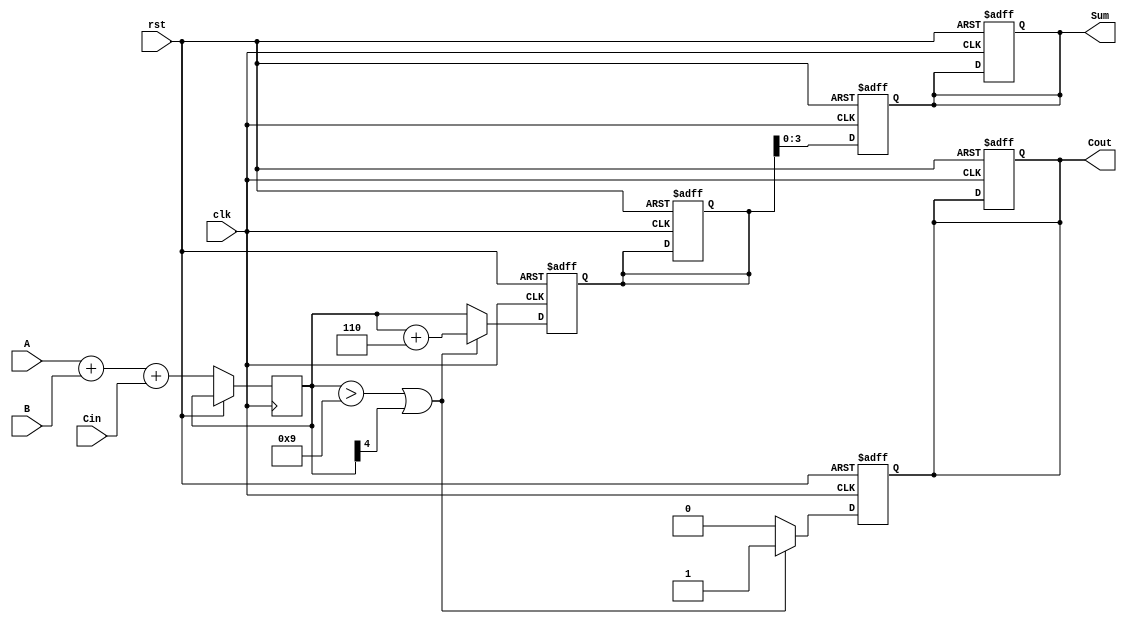
module BCD_Pipelined_Adder (
    input wire clk,          // Clock signal
    input wire rst,          // Reset signal
    input wire [3:0] A,     // First BCD digit
    input wire [3:0] B,     // Second BCD digit
    input wire Cin,          // Carry-in
    output reg [3:0] Sum,    // Corrected BCD sum
    output reg Cout          // Carry-out
);

// Intermediate signals
reg [4:0] raw_sum;          // 5-bit sum to accommodate overflow
reg [4:0] corrected_sum;    // Corrected sum after BCD adjustment
reg carry_out;              // Carry-out from BCD correction

// BCD Correction Logic
always @(*) begin
    // Check if correction is needed
    if (raw_sum > 5'd9 || raw_sum[4] == 1) begin
        corrected_sum = raw_sum + 5'd6; // Add 6 for BCD correction
        carry_out = 1'b1;                // Set carry-out
    end else begin
        corrected_sum = raw_sum;         // No correction needed
        carry_out = 1'b0;                // Clear carry-out
    end
end

// Pipeline Registers
reg [4:0] sum_reg;            // Register to hold raw sum
reg [4:0] corrected_reg;      // Register to hold corrected sum

// Input Stage: Capture inputs on clock edge
always @(posedge clk or posedge rst) begin
    if (rst) begin
        sum_reg <= 5'b0;
        corrected_reg <= 5'b0;
        Sum <= 4'b0;
        Cout <= 1'b0;
    end else begin
        // Stage 1: Binary addition
        raw_sum <= A + B + Cin; // Compute the raw sum
        sum_reg <= raw_sum;     // Store raw sum in pipeline register
    end
end

// BCD Correction Stage: Capture corrected sum on clock edge
always @(posedge clk or posedge rst) begin
    if (rst) begin
        corrected_reg <= 5'b0;
        Sum <= 4'b0;
        Cout <= 1'b0;
    end else begin
        // Stage 2: BCD correction
        corrected_reg <= corrected_sum; // Store corrected sum in pipeline register
        Sum <= corrected_reg[3:0];       // Output the 4-bit corrected sum
        Cout <= carry_out;               // Output the carry-out
    end
end

endmodule